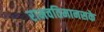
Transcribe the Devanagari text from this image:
रामचतिमानसके